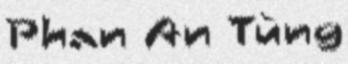
Phan An Tùng